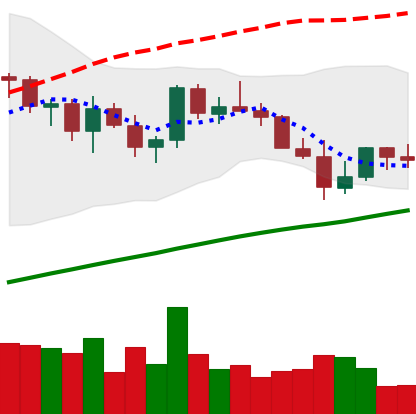
Ticker: LINK-USD
Chart end date: 2021-03-28
Forward return: 21.861%
Label: up_7plus